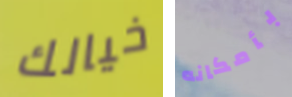
خيالك بأمكانه